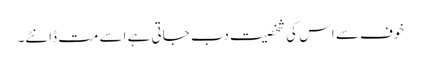
خوف سے اس کی شخصیت دب جاتی ہے اسے مت ڈانٹے۔